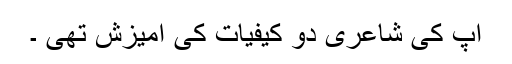
آپ کی شاعری دو کیفیات کی آمیزش تھی ۔